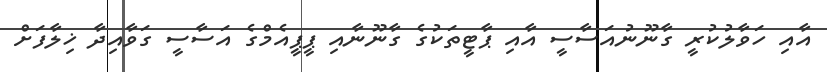
އާއި ހަވާލުކުރީ ގާނޫނުއަސާސީ އާއި ޕާޓީތަކުގެ ގާނޫނާއި ޕީޕީއެމްގެ އަސާސީ ގަވާއިދާ ޚިލާފަށް